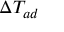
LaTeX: \Delta T _ { a d }